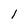
Character: 1